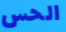
الحس